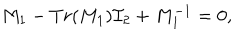
M _ { 1 } - T r ( M _ { 1 } ) { \cal I } _ { 2 } + M _ { 1 } ^ { - 1 } = 0 ,